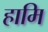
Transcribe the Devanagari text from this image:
हामि